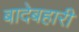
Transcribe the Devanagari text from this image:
बादेबहारी